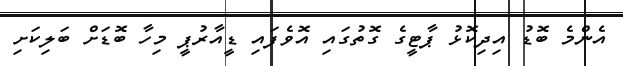
އެންމެ ބޮޑު އިދިކޮޅު ޕާޓީގެ ގޮތުގައި އޮވެފައި ޑީއާރުޕީ މިހާ ބޮޑަށް ބަލިކަށި